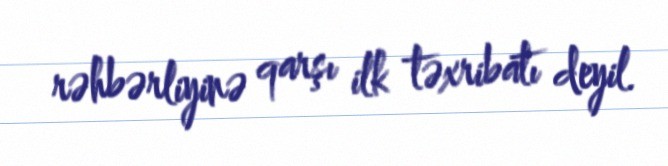
rəhbərliyinə qarşı ilk təxribatı deyil.